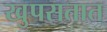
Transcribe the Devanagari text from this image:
खुपसतात